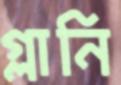
গ্লানি